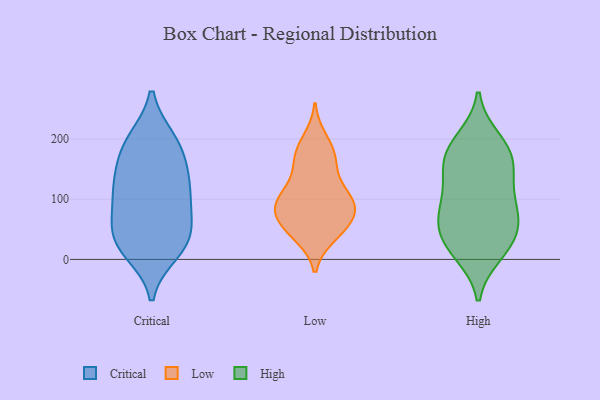
{"axis": {"x": "Inventory Turnover", "y": "Value"}, "legend": ["Critical", "High", "Low"], "data": [{"x": "", "y": 42, "type": "Critical"}, {"x": "", "y": 128, "type": "Critical"}, {"x": "", "y": 196, "type": "Critical"}, {"x": "", "y": 190, "type": "Critical"}, {"x": "", "y": 34, "type": "Critical"}, {"x": "", "y": 160, "type": "Critical"}, {"x": "", "y": 13, "type": "Critical"}, {"x": "", "y": 31, "type": "Critical"}, {"x": "", "y": 198, "type": "Critical"}, {"x": "", "y": 138, "type": "Critical"}, {"x": "", "y": 82, "type": "Critical"}, {"x": "", "y": 116, "type": "Critical"}, {"x": "", "y": 73, "type": "Critical"}, {"x": "", "y": 22, "type": "Critical"}, {"x": "", "y": 105, "type": "Critical"}, {"x": "", "y": 84, "type": "Low"}, {"x": "", "y": 172, "type": "Low"}, {"x": "", "y": 81, "type": "Low"}, {"x": "", "y": 83, "type": "Low"}, {"x": "", "y": 40, "type": "Low"}, {"x": "", "y": 67, "type": "Low"}, {"x": "", "y": 39, "type": "Low"}, {"x": "", "y": 200, "type": "Low"}, {"x": "", "y": 183, "type": "Low"}, {"x": "", "y": 151, "type": "Low"}, {"x": "", "y": 102, "type": "Low"}, {"x": "", "y": 51, "type": "Low"}, {"x": "", "y": 104, "type": "Low"}, {"x": "", "y": 93, "type": "Low"}, {"x": "", "y": 164, "type": "Low"}, {"x": "", "y": 101, "type": "Low"}, {"x": "", "y": 125, "type": "Low"}, {"x": "", "y": 57, "type": "Low"}, {"x": "", "y": 65, "type": "High"}, {"x": "", "y": 10, "type": "High"}, {"x": "", "y": 57, "type": "High"}, {"x": "", "y": 17, "type": "High"}, {"x": "", "y": 150, "type": "High"}, {"x": "", "y": 24, "type": "High"}, {"x": "", "y": 74, "type": "High"}, {"x": "", "y": 97, "type": "High"}, {"x": "", "y": 188, "type": "High"}, {"x": "", "y": 120, "type": "High"}, {"x": "", "y": 154, "type": "High"}, {"x": "", "y": 199, "type": "High"}, {"x": "", "y": 86, "type": "High"}, {"x": "", "y": 40, "type": "High"}, {"x": "", "y": 160, "type": "High"}, {"x": "", "y": 181, "type": "High"}]}